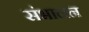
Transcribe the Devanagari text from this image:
संभालन